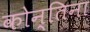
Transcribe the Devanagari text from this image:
कोन्तिना